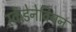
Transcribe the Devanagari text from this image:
स्केंडेनेवियन